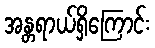
အန္တရာယ်ရှိကြောင်း